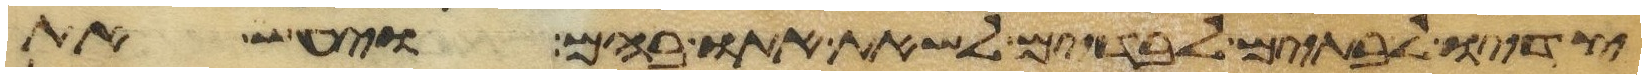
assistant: צדיו לבתים לבדים לשאת אתו בהם ויעש את